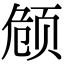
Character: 𬱟